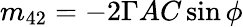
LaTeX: m_{42}=-2\Gamma AC\sin\phi